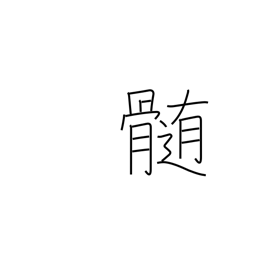
Meaning: essence